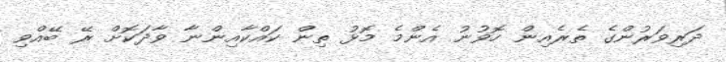
ދަރިވަރުންގެ ތެރެއިން ހޮވުނު އެންމެ މޮޅު ތިން ކައްކާއިންނާ ވާދަކޮށް ރޭ ބޭއްވި